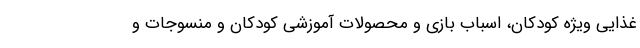
غذایی ویژه کودکان، اسباب بازی و محصولات آموزشی کودکان و منسوجات و